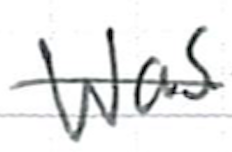
Text: was
Cross-out: single-line
Writing tool: ballpoint